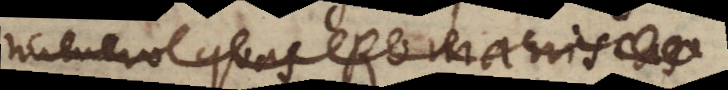
numero quas Romaniscas